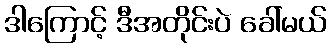
ဒါကြောင့် ဒီအတိုင်းပဲ ခေါ်မယ်